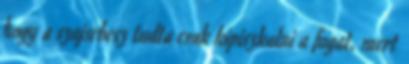
hogy a szajsebesz tudta csak kipiszkalni a fogat, mert